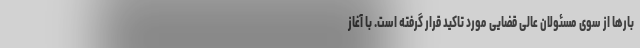
بارها از سوی مسئولان عالی قضایی مورد تاکید قرار گرفته است. با آغاز